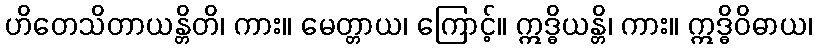
ဟိတေသိတာယန္တိတိ၊ ကား။ မေတ္တာယ၊ ကြောင့်။ ဣဒ္ဓိယန္တိ၊ ကား။ ဣဒ္ဓိဝိဓာယ၊